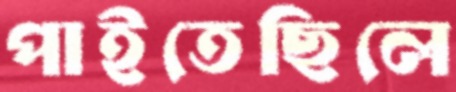
পাইতেছিলে